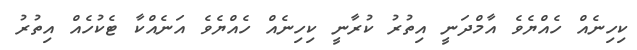
ކިހިނެއް ހެއްޔެވެ އާމްދަނީ އިތުރު ކުރާނީ ކިހިނެއް ހެއްޔެވެ އަނެއްކާ ޓެކުހެއް އިތުރު